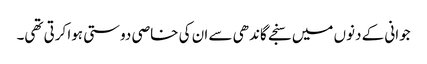
جوانی کے دنوں میں سنجے گاندھی سے ان کی خاصی دوستی ہوا کرتی تھی۔